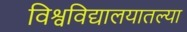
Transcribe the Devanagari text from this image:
विश्वविद्यालयातल्या